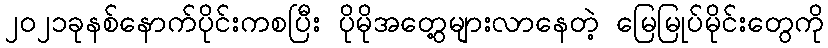
၂၀၂၁ခုနစ်နောက်ပိုင်းကစပြီး ပိုမိုအတွေ့များလာနေတဲ့ မြေမြုပ်မိုင်းတွေကို